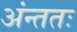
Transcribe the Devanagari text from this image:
अंन्ततः